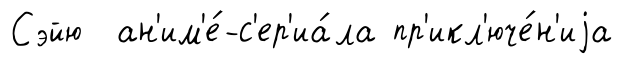
Сэйю ан'им'е́-с'ер'иа́ла пр'икл'юче́н'иjа